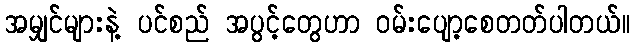
အမျှင်များနဲ့ ပင်စည် အပွင့်တွေဟာ ဝမ်းပျော့စေတတ်ပါတယ်။